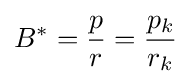
B^{*}={\frac {p}{r}}={\frac {p_{k}}{r_{k}}}